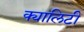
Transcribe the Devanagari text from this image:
क्यालिटी